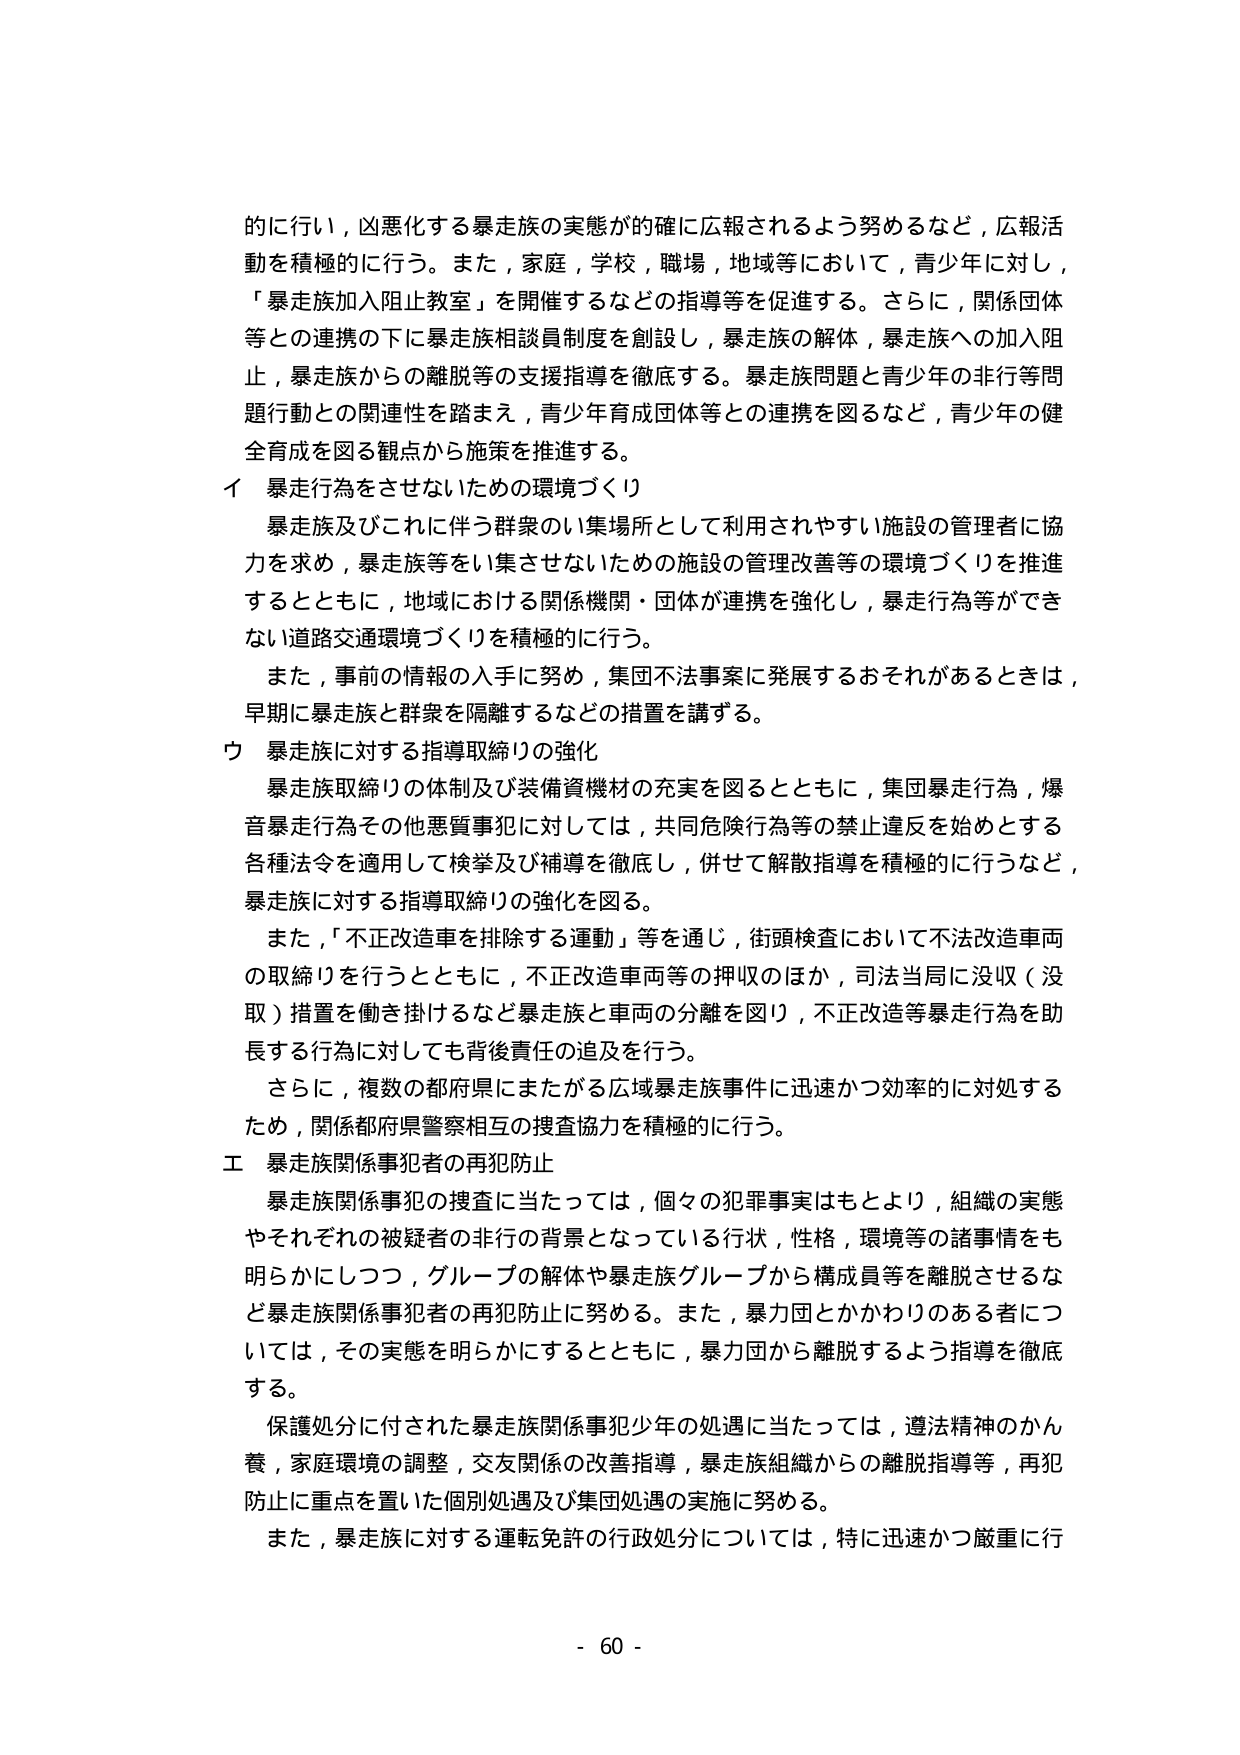
的に行い，凶悪化する暴走族の実態が的確に広報されるよう努めるなど，広報活動を積極的に行う。また，家庭，学校，職場，地域等において，青少年に対し，「暴走族加入阻止教室」を開催するなどの指導等を促進する。さらに，関係団体等との連携の下に暴走族相談員制度を創設し，暴走族の解体，暴走族への加入阻止，暴走族からの離脱等の支援指導を徹底する。暴走族問題と青少年の非行等問題行動との関連性を踏まえ，青少年育成団体等との連携を図るなど，青少年の健全育成を図る観点から施策を推進する。

イ 暴走行為をさせないための環境づくり
　暴走族及びこれに伴う群衆のい集場所として利用されやすい施設の管理者に協力を求め，暴走族等をい集させないための施設の管理改善等の環境づくりを推進するとともに，地域における関係機関・団体が連携を強化し，暴走行為等ができない道路交通環境づくりを積極的に行う。
　また，事前の情報の入手に努め，集団不法事案に発展するおそれがあるときは，早期に暴走族と群衆を隔離するなどの措置を講ずる。

ウ 暴走族に対する指導取締りの強化
　暴走族取締りの体制及び装備資機材の充実を図るとともに，集団暴走行為，爆音暴走行為その他悪質事犯に対しては，共同危険行為等の禁止違反を始めとする各種法令を適用して検挙及び補導を徹底し，併せて解散指導を積極的に行うなど，暴走族に対する指導取締りの強化を図る。
　また，「不正改造車を排除する運動」等を通じ，街頭検査において不法改造車両の取締りを行うとともに，不正改造車両等の押収のほか，司法当局に没収（没取）措置を働き掛けるなど暴走族と車両の分離を図り，不正改造等暴走行為を助長する行為に対しても背後責任の追及を行う。
　さらに，複数の都府県にまたがる広域暴走族事件に迅速かつ効率的に対処するため，関係都府県警察相互の捜査協力を積極的に行う。

エ 暴走族関係事犯者の再犯防止
　暴走族関係事犯の捜査に当たっては，個々の犯罪事実はもとより，組織の実態やそれぞれの被疑者の非行の背景となっている行状，性格，環境等の諸事情をも明らかにしつつ，グループの解体や暴走族グループから構成員等を離脱させるなど暴走族関係事犯者の再犯防止に努める。また，暴力団とかかわりのある者については，その実態を明らかにするとともに，暴力団から離脱するよう指導を徹底する。
　保護処分に付された暴走族関係事犯少年の処遇に当たっては，遵法精神のかん養，家庭環境の調整，交友関係の改善指導，暴走族組織からの離脱指導等，再犯防止に重点を置いた個別処遇及び集団処遇の実施に努める。
　また，暴走族に対する運転免許の行政処分については，特に迅速かつ厳重に行う。

- 60 -